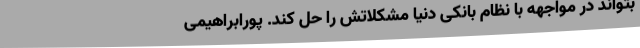
بتواند در مواجهه با نظام بانکی دنیا مشکلاتش را حل کند. پورابراهیمی